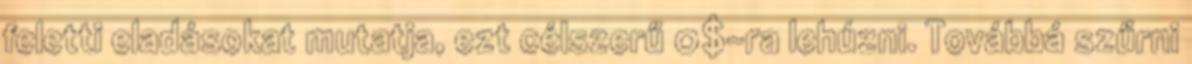
feletti eladásokat mutatja, ezt célszerű 0$-ra lehúzni. Továbbá szűrni